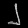
Digit: ၂